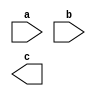

module xnorgate (a, b, c);
 input a, b;
 output c;
endmodule


module xnor_gate;
 reg a, b;
 wire c;
 initial begin
 $dumpfile("xnor_gate.vcd");
 $dumpvars(0,xnor_gate);
 a = 0; b = 0; 
 #1
 a = 0; b = 1; 
 #1
 a = 1; b = 0;
 #1
 a = 1; b = 1;
 end
endmodule